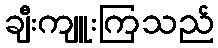
ချီးကျူးကြသည်